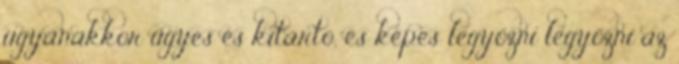
ugyanakkor ügyes és kitartó, és képes legyőzni legyőzni az